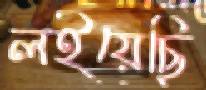
লইয়েছি